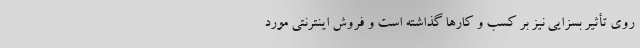
روی تأثیر بسزایی نیز بر کسب و کارها گذاشته است و فروش اینترنتی مورد